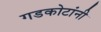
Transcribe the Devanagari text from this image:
गडकोटांनी